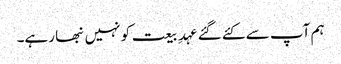
ہم آپ سے کئے گئے عہدِ بیعت کو نہیں نبھا رہے۔